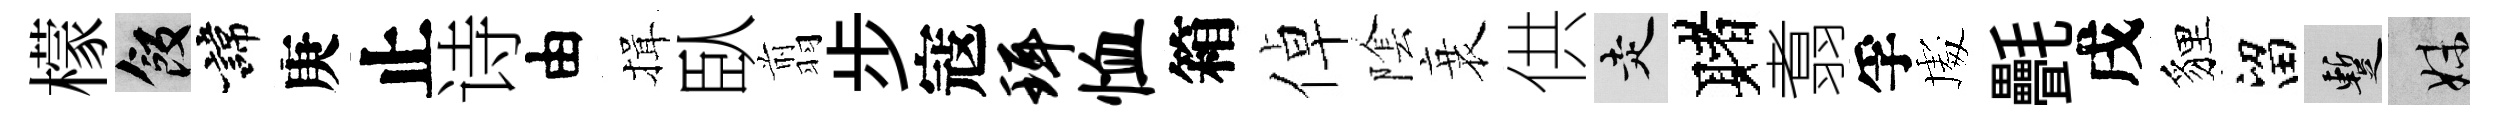
檬飯諱庚止诗由揖臥翦步寇珥恤箱倬隂衰供走赌翥孚䖏㲲戌貍留暫妹